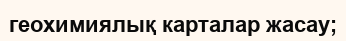
геохимиялық карталар жасау;